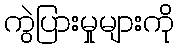
ကွဲပြားမှုများကို